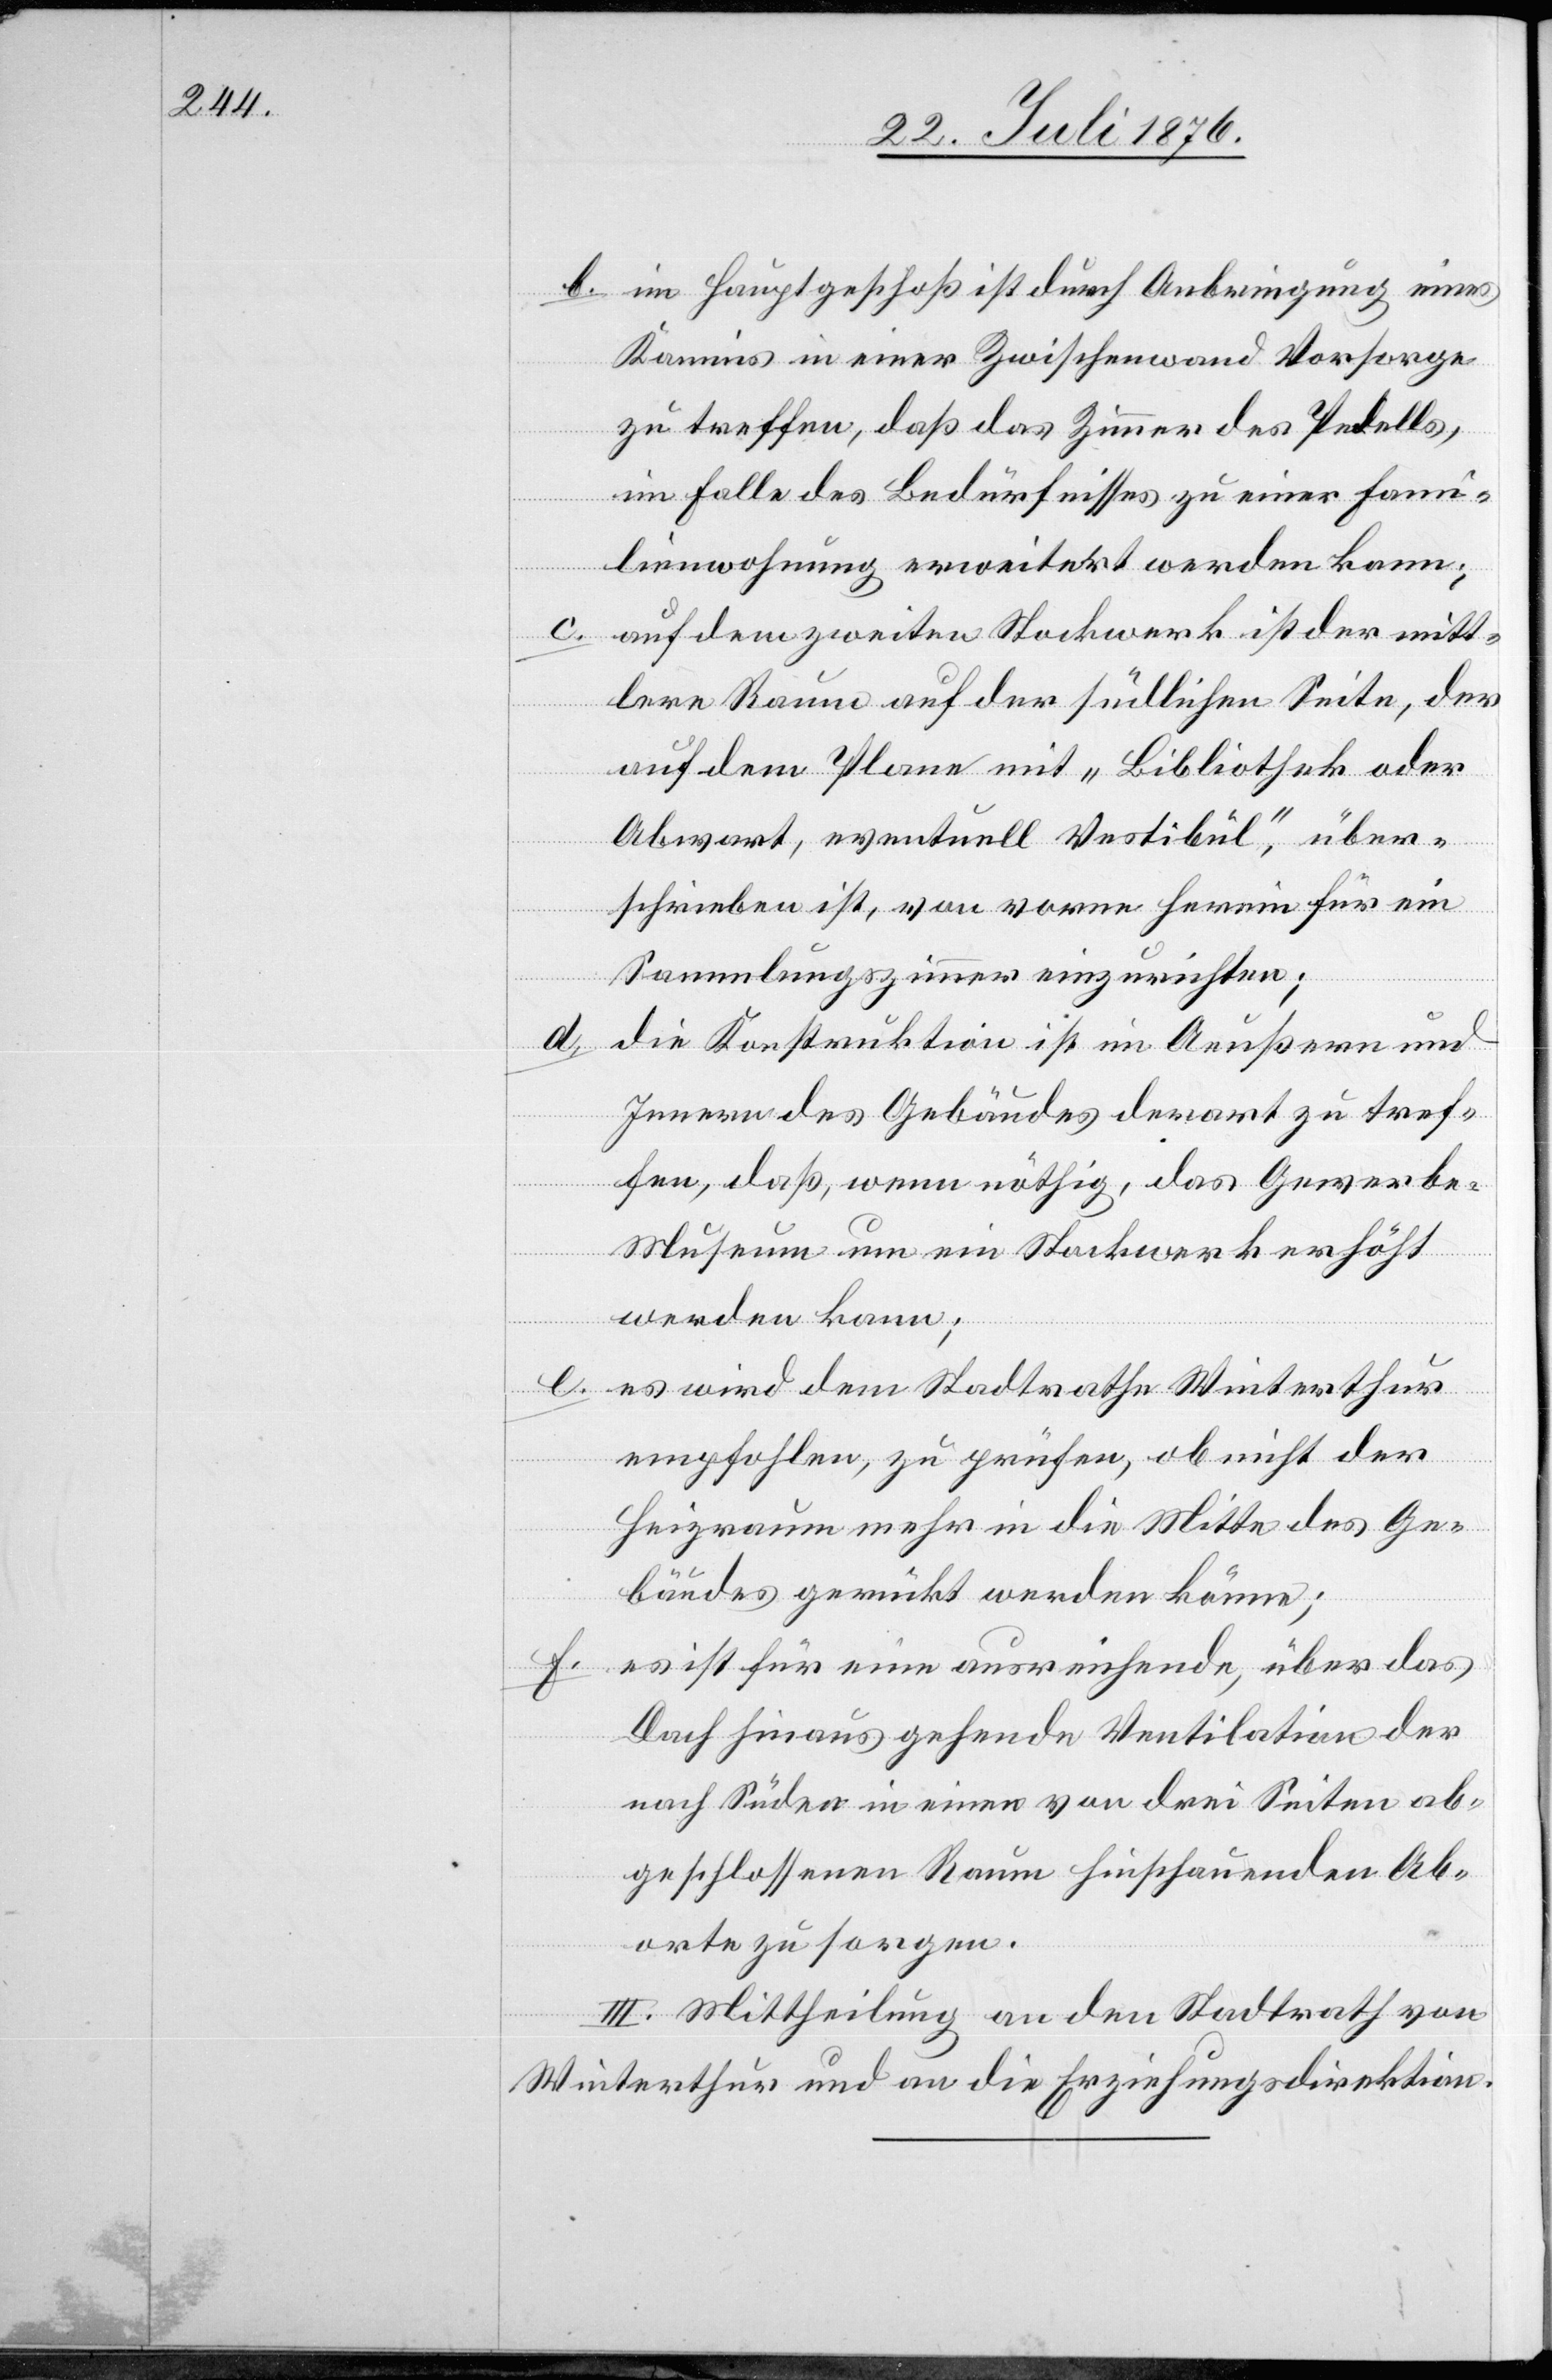
b. im Hauptgeschoß ist durch Anbringung eines
Kamins in einer Zwischenwand Vorsorge
zu treffen, daß das Zimmer des Pedells,
im Falle des Bedürfnisses zu einer Fami¬
lienwohnung erweitert werden kann;
c. auf dem zweiten Stockwerk ist der mitt¬
lere Raum auf der südlichen Seite, der
auf dem Plane mit „Bibliothek oder
Abwart, eventuell Vestibül“, über¬
schreiben ist, von vorne herein für ein
Sammlungszimmer einzurichten;
d.
Die Konstruktion ist im Aeußern und
Innern des Gebäudes derart zu tref¬
fend, daß, wenn nöthig, das Gewerbe-M¬
useum um ein Stockwerk erhöht
werden kann;
e.
es wird dem Stadtrathe Winterthur
empfohlen , zu prüfen, ob nicht der
Heizraum mehr in die Mitte des Ge¬
bäudes gerückt werden könne;
f.
es ist für eine ausreichende, über das
Dach hinaus gehende Ventilation der
nach Süden in einen von drei Seiten ab¬
geschlossenen Raum hinschauenden Ab¬
orte zu sorgen.
III. Mittheilung an den Stadtrath von
Winterthur und die Erziehungsdirektion.